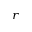
_ r